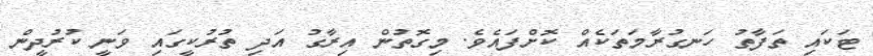
ޓަކައި ތަފާތު ހަނގުރާމަތަކެއް ކޮށްފައެވެ. މިގޮތުން އިރާގު އަދި ތުރުކީގައި ވަނީ ކުރުދީން